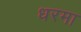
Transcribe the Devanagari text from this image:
धरमा